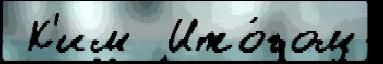
 К'им  Ито́гом